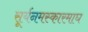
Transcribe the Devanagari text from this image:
सूर्यनमस्कारमाघ